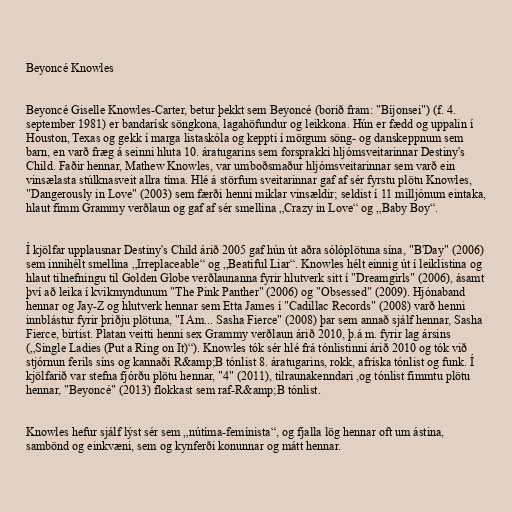
Beyoncé Knowles

Beyoncé Giselle Knowles-Carter, betur þekkt sem Beyoncé (borið fram: "Bíjonsei") (f. 4.
september 1981) er bandarísk söngkona, lagahöfundur og leikkona. Hún er fædd og uppalin í
Houston, Texas og gekk í marga listaskóla og keppti í mörgum söng- og danskeppnum sem
barn, en varð fræg á seinni hluta 10. áratugarins sem forsprakki hljómsveitarinnar Destiny's
Child. Faðir hennar, Mathew Knowles, var umboðsmaður hljómsveitarinnar sem varð ein
vinsælasta stúlknasveit allra tíma. Hlé á störfum sveitarinnar gaf af sér fyrstu plötu Knowles,
"Dangerously in Love" (2003) sem færði henni miklar vinsældir; seldist í 11 milljónum eintaka,
hlaut fimm Grammy verðlaun og gaf af sér smellina „Crazy in Love“ og „Baby Boy“.

Í kjölfar upplausnar Destiny's Child árið 2005 gaf hún út aðra sólóplötuna sína, "B'Day" (2006)
sem innihélt smellina „Irreplaceable“ og „Beatiful Liar“. Knowles hélt einnig út í leiklistina og
hlaut tilnefningu til Golden Globe verðlaunanna fyrir hlutverk sitt í "Dreamgirls" (2006), ásamt
því að leika í kvikmyndunum "The Pink Panther" (2006) og "Obsessed" (2009). Hjónaband
hennar og Jay-Z og hlutverk hennar sem Etta James í "Cadillac Records" (2008) varð henni
innblástur fyrir þriðju plötuna, "I Am... Sasha Fierce" (2008) þar sem annað sjálf hennar, Sasha
Fierce, birtist. Platan veitti henni sex Grammy verðlaun árið 2010, þ.á m. fyrir lag ársins
(„Single Ladies (Put a Ring on It)“). Knowles tók sér hlé frá tónlistinni árið 2010 og tók við
stjórnun ferils síns og kannaði R&amp;B tónlist 8. áratugarins, rokk, afríska tónlist og funk. Í
kjölfarið var stefna fjórðu plötu hennar, "4" (2011), tilraunakenndari ,og tónlist fimmtu plötu
hennar, "Beyoncé" (2013) flokkast sem raf-R&amp;B tónlist.

Knowles hefur sjálf lýst sér sem „nútíma-femínista“, og fjalla lög hennar oft um ástina,
sambönd og einkvæni, sem og kynferði konunnar og mátt hennar.